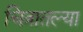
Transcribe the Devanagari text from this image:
चित्रातल्या